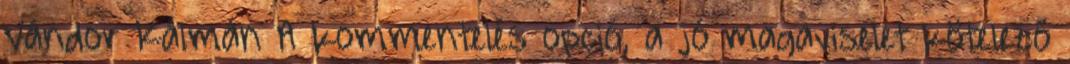
Vándor Kálmán A kommentelés opció, a jó magaviselet kötelező